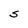
Character: S